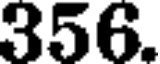
356.